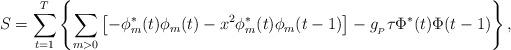
LaTeX: \begin{align*}S = \sum_{t=1}^T\left\{\sum_{m>0} \left[-\phi^*_m(t) \phi_m(t) - x^2 \phi^*_m(t)\phi_m (t-1)\right] - g_{_P}\tau \Phi^*(t) \Phi(t-1)\right\},\end{align*}